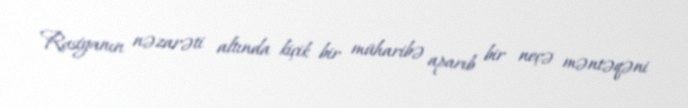
Rusiyanın nəzarəti altında kiçik bir müharibə aparıb bir neçə məntəqəni